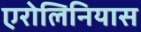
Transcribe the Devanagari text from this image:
एरोलिनियास